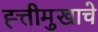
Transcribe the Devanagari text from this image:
ह्त्तीमुखाचे